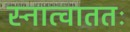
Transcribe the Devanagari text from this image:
स्नात्वाततः